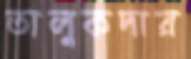
তালুকদার